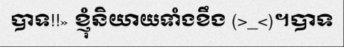
បាទ!!» ខ្ញុំនិយាយទាំងខឹង (>_<)។បាទ